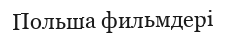
Польша фильмдері